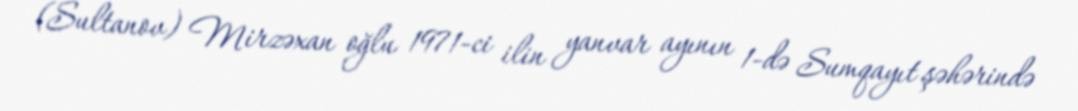
(Sultanov) Mirzəxan oğlu 1971-ci ilin yanvar ayının 1-də Sumqayıt şəhərində